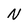
Character: N